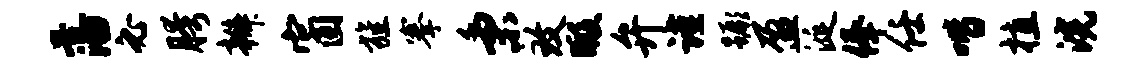
藩必胯辫窗旌搴秉致暇弁谨蹶盈涎俸任喈植浣